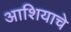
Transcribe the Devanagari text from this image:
आशियाचे